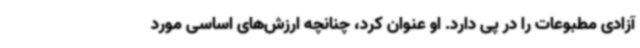
آزادی مطبوعات را در پی دارد. او عنوان کرد، چنانچه ارزش‌های اساسی مورد